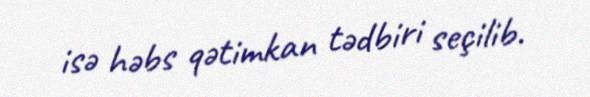
isə həbs qətimkan tədbiri seçilib.